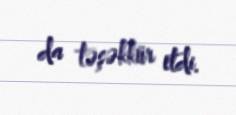
da təşəkkür etdi.